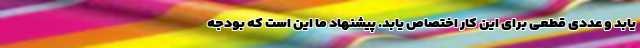
یابد و عددی قطعی برای این کار اختصاص یابد. پیشنهاد ما این است که بودجه